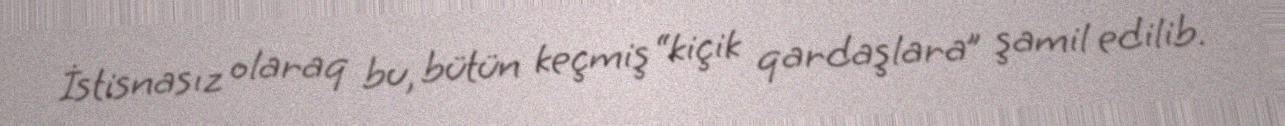
İstisnasız olaraq bu, bütün keçmiş “kiçik qardaşlara” şamil edilib.